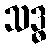
သဒ္ဓ